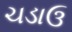
ચડાઉ